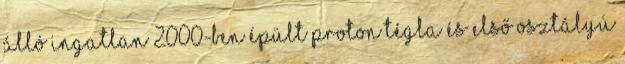
álló ingatlan 2000-ben épült proton tégla és első osztályú